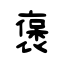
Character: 褒